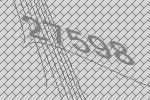
27598